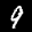
Digit: 9